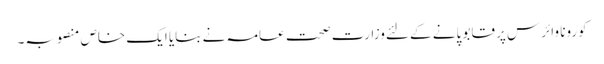
کورونا وائرس پر قابو پانے کے لئےوزارت صحت عامہ نے بنایا ایک خاص منصوبہ۔